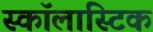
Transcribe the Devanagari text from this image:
स्कॉलास्टिक